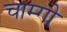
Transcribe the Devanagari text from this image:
चाम्गी